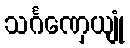
သင်္ဂဏှေယျုံ